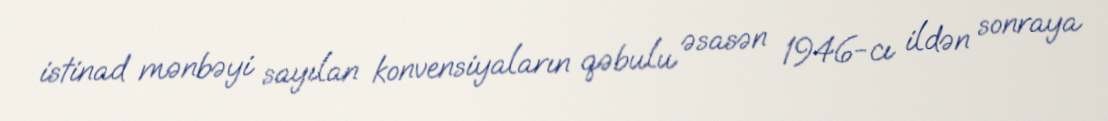
istinad mənbəyi sayılan konvensiyaların qəbulu əsasən 1946-cı ildən sonraya